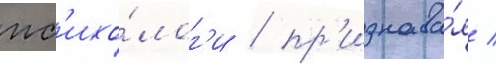
пс'ихо́лог'и / пр'изнава́я /